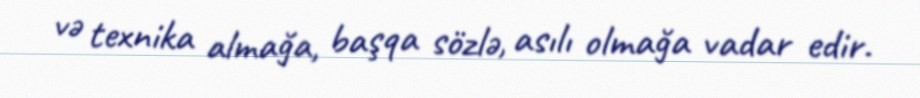
və texnika almağa, başqa sözlə, asılı olmağa vadar edir.